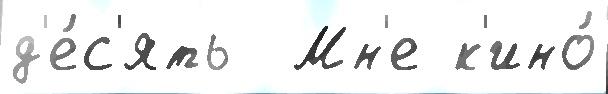
д'е́с'ять  Мн'е к'ино́